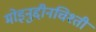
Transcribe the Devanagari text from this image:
मोइनुद्दीनचिश्ती